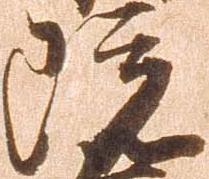
院